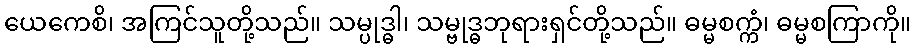
ယေကေစိ၊ အကြင်သူတို့သည်။ သမ္ပုဒ္ဓါ၊ သမ္ဗုဒ္ဓဘုရားရှင်တို့သည်။ ဓမ္မစက္ကံ၊ ဓမ္မစကြာကို။